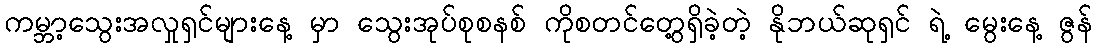
ကမ္ဘာ့သွေးအလှုရှင်များနေ့ မှာ သွေးအုပ်စုစနစ် ကိုစတင်တွေ့ရှိခဲ့တဲ့ နိုဘယ်ဆုရှင် ရဲ့ မွေးနေ့ ဇွန်